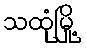
သထုံမြို့